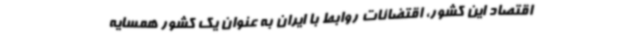
اقتصاد این کشور، اقتضائات روابط با ایران به عنوان یک کشور همسایه